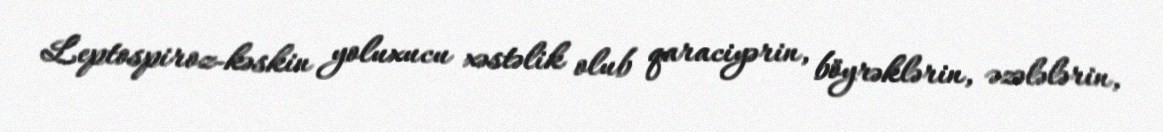
Leptospiroz-kəskin yoluxucu xəstəlik olub qaraciyərin, böyrəklərin, əzələlərin,